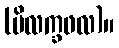
(ပိလက္ခဖလ)။